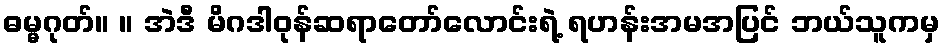
ဓမ္မဂုတ်။ ။ အဲဒီ မိဂဒါဝုန်ဆရာတော်လောင်းရဲ့ ရဟန်းအမအပြင် ဘယ်သူကမှ